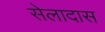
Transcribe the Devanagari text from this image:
सेलादास